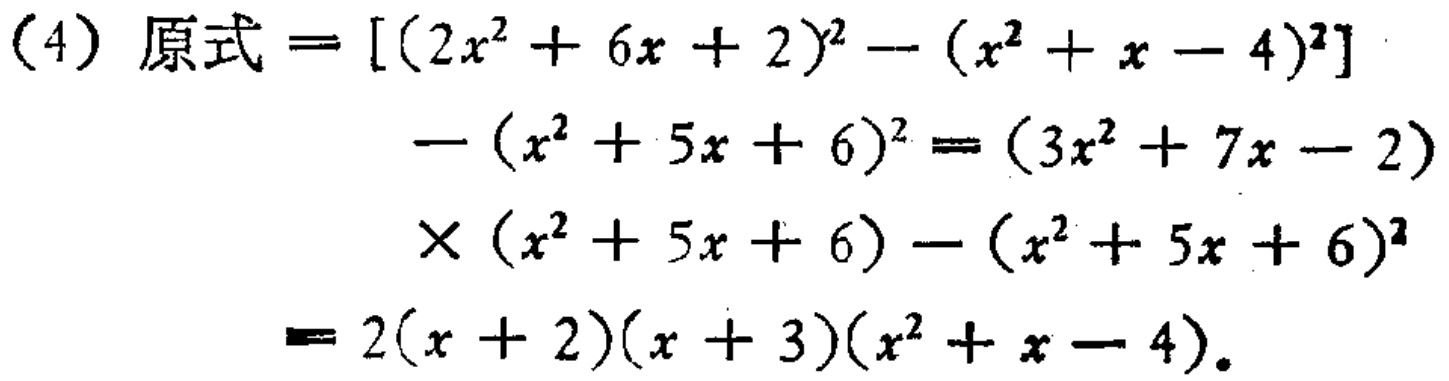
\((4)\) 原式 \(=[(2x^{2}+6x + 2)^{2}-(x^{2}+x - 4)^{2}]-(x^{2}+5x + 6)^{2}=(3x^{2}+7x - 2)\times(x^{2}+5x + 6)-(x^{2}+5x + 6)^{2}=2(x + 2)(x + 3)(x^{2}+x - 4)\)